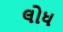
લોધ